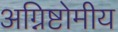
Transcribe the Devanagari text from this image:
अग्निष्टोमीय